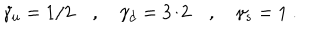
\gamma _ { u } = 1 / 2 \quad , \quad \gamma _ { d } = 3 / 2 \quad , \quad \gamma _ { s } = 1 ~ .